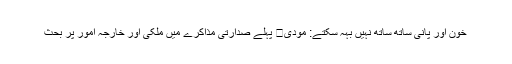
خون اور پانی ساتھ ساتھ نہیں بہہ سکتے: مودی	 پہلے صدارتی مذاکرے میں ملکی اور خارجہ امور پر بحث